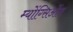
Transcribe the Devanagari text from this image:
म्योंग्सिओंग